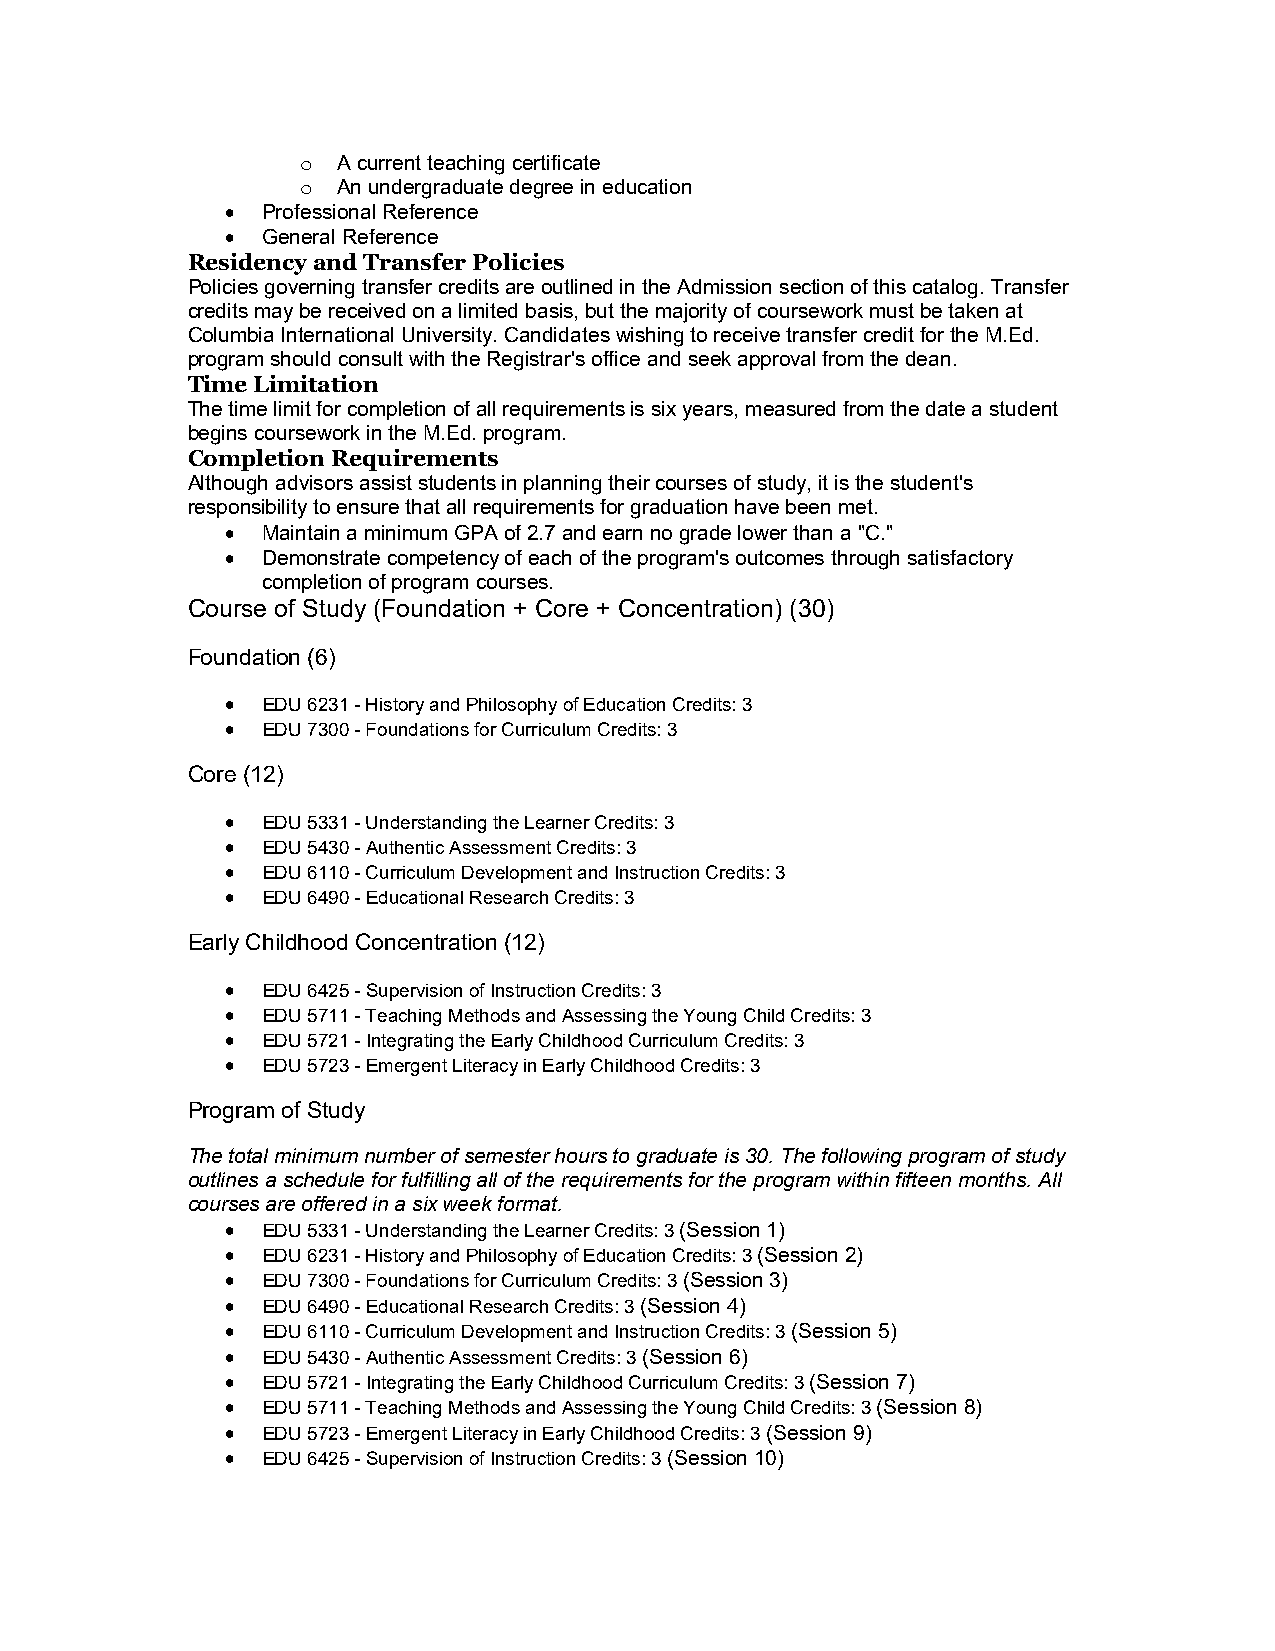
o A current teaching certificate
 o An undergraduate degree in education
  Professional Reference
  General Reference
 Residency and Transfer Policies
 Policies governing transfer credits are outlined in the Admission section of this catalog. Transfer
 credits may be received on a limited basis, but the majority of coursework must be taken at
 Columbia International University. Candidates wishing to receive transfer credit for the M.Ed.
 program should consult with the Registrar's office and seek approval from the dean.
 Time Limitation
 The time limit for completion of all requirements is six years, measured from the date a student
 begins coursework in the M.Ed. program.
 Completion Requirements
 Although advisors assist students in planning their courses of study, it is the student's
 responsibility to ensure that all requirements for graduation have been met.
  Maintain a minimum GPA of 2.7 and earn no grade lower than a "C."
  Demonstrate competency of each of the program's outcomes through satisfactory
 completion of program courses.
 Course of Study (Foundation + Core + Concentration) (30)
 Foundation (6)
  EDU 6231 - History and Philosophy of Education Credits: 3
  EDU 7300 - Foundations for Curriculum Credits: 3
 Core (12)
  EDU 5331 - Understanding the Learner Credits: 3
  EDU 5430 - Authentic Assessment Credits: 3
  EDU 6110 - Curriculum Development and Instruction Credits: 3
  EDU 6490 - Educational Research Credits: 3
 Early Childhood Concentration (12)
  EDU 6425 - Supervision of Instruction Credits: 3
  EDU 5711 - Teaching Methods and Assessing the Young Child Credits: 3
  EDU 5721 - Integrating the Early Childhood Curriculum Credits: 3
  EDU 5723 - Emergent Literacy in Early Childhood Credits: 3
 Program of Study
 The total minimum number of semester hours to graduate is 30. The following program of study
 outlines a schedule for fulfilling all of the requirements for the program within fifteen months. All
 courses are offered in a six week format.
  EDU 5331 - Understanding the Learner Credits: 3 (Session 1)
  EDU 6231 - History and Philosophy of Education Credits: 3 (Session 2)
  EDU 7300 - Foundations for Curriculum Credits: 3 (Session 3)
  EDU 6490 - Educational Research Credits: 3 (Session 4)
  EDU 6110 - Curriculum Development and Instruction Credits: 3 (Session 5)
  EDU 5430 - Authentic Assessment Credits: 3 (Session 6)
  EDU 5721 - Integrating the Early Childhood Curriculum Credits: 3 (Session 7)
  EDU 5711 - Teaching Methods and Assessing the Young Child Credits: 3 (Session 8)
  EDU 5723 - Emergent Literacy in Early Childhood Credits: 3 (Session 9)
  EDU 6425 - Supervision of Instruction Credits: 3 (Session 10)